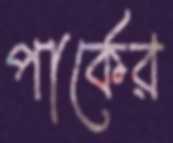
পার্কের